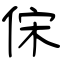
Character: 俕